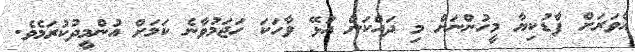
އެވަރަށް ފާޑުކިޔާ މީހުންނަށް މި ދައްކަން އުޅޭ ވާހަކަ ހަޖަމުވާނެ ކަމަށް އުންމީދުކުރަމެވެ.